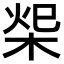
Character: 𣒓